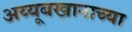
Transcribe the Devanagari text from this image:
अय्यूबखानाच्या